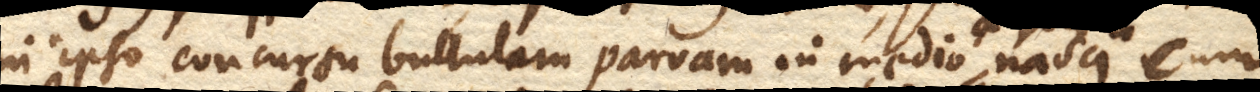
in ipso concursu bullulam parvam in medio e nasci, cum